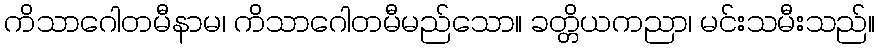
ကိသာဂေါတမီနာမ၊ ကိသာဂေါတမီမည်သော။ ခတ္တိယကညာ၊ မင်းသမီးသည်။